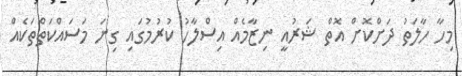
މިހާ ހާލަތު ދަށްކޮށް އޮތް ޝަރުއީ ނިޒާމެއް އިސްލާހު ކުރުމުގައި ގިނަ މަސައްކަތްތަކެއް